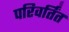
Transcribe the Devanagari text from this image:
परिवर्तिंत